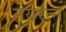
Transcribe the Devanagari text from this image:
नयरत्न